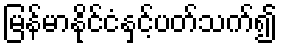
မြန်မာနိုင်ငံနှင့်ပတ်သက်၍